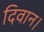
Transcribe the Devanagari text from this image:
दिवान।